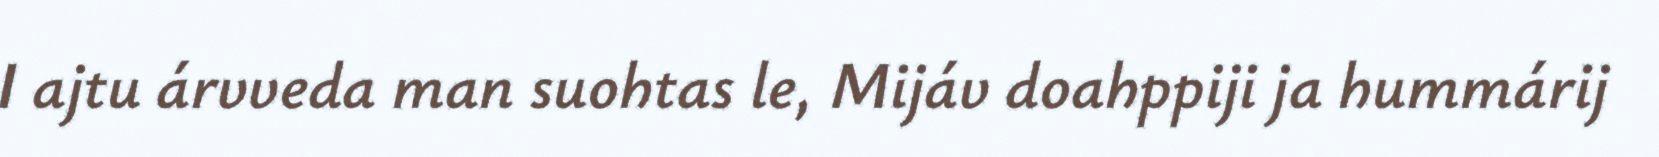
I ajtu árvveda man suohtas le, Mijáv doahppiji ja hummárij